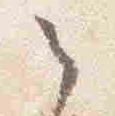
之